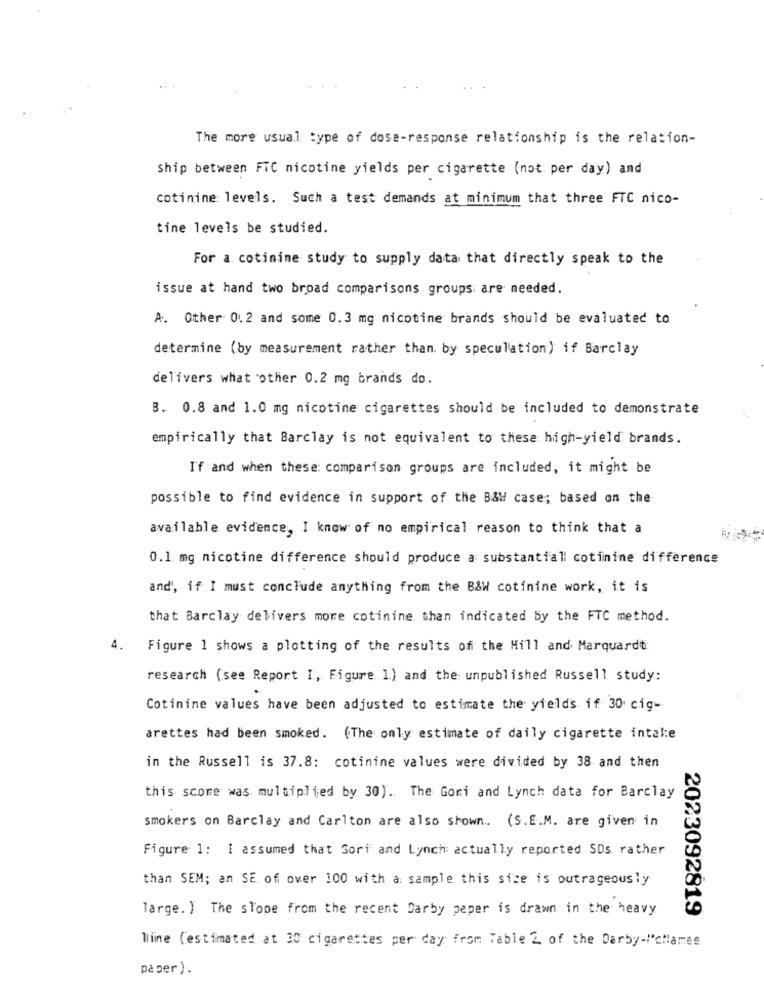
The more usual type of dose-response relationship is the relation-
Ship between FTC nicotine yields per cigarette (not per day) and
cotinine: levels. Such a test demands at minimum that three FTC nico-
tine levels be studied.
For a cotinine study to supply data that directly speak to the
issue at hand two broad comparisons groups are needed.
A. Other 0.2 and some 0.3 mg nicotine brands should be evaluated to
determine (by measurement rather than. by speculation) if Barclay
delivers what other 0.2 mg brands do.
3. 0.8 and 1.0 mg nicotine cigarettes should be included to demonstrate
empirically that Barclay is not equivalent to these high-yield brands.
I'f and when these: comparison groups are included, it might be
possible to find evidence in support of the B&W case; based on the
available evidence, I know of no empirical reason to think that a
0.1 mg nicotine difference should produce a substantiall cotinine difference
and', if I must conclude anything from the B&W cotinine work, it is
that Barclay delivers more cotinine than indicated by the FTC method.
4.
Figure 1 shows a plotting of the results of the Hill and Marquardt:
research (see Report I, Figure 1.) and the: unpublished Russell study:
Cotinine values have been adjusted to estimate the yields if 30 cig-
arettes had been smoked. (The only estimate of daily cigarette intale
in the Russell is 37.8: cotinine values were divided by 38 and then
this scome was multiplied by 30). The Gori and Lynch data for Barclay
smokers on Barclay and Carlton are also shown .. (S.E.M. are given in
Figure 1: I assumed that Sori and Lynch: actually reported SDs rather
than SEM; an SE. of over 100 with a: sample this size is outrageously
large. ) The slope from the recent Darby peper is drawn in the heavy
2023092819
Mine (estimated at 30 cigarettes per day from Table 2 of the Darby-""chames
påper).